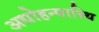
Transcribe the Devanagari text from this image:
अधोहन्वास्थि